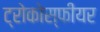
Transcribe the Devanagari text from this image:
ट्रोकोस्फीयर